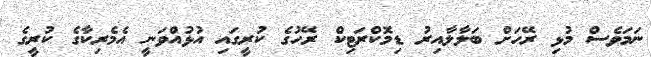
ނަމަވެސް މުޅި ރޭހަށް ބަލާލާއިރު ޑިމޮކްރަޓިކް ރޭހުގެ ކުރީގައި އުޅުއްވަނީ އެމެރިކާގެ ކުރީގެ